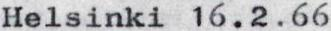
Helsinki 16.2.66